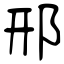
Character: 邢